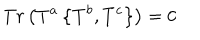
T r \left( T ^ { a } \left\{ T ^ { b } , T ^ { c } \right\} \right) = 0